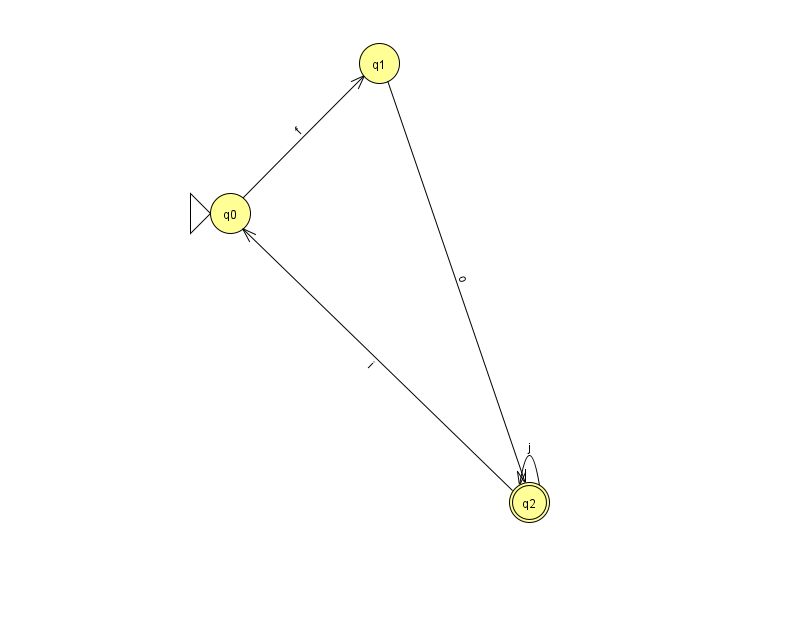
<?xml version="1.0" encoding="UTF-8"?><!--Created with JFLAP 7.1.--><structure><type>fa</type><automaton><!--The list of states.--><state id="0" name="q0"><x>230.0</x><y>200.0</y><initial/></state><state id="1" name="q1"><x>379.0</x><y>50.0</y></state><state id="2" name="q2"><x>529.0</x><y>489.0</y><final/></state><!--The list of transitions.--><transition><from>1</from><to>2</to><read>o</read></transition><transition><from>0</from><to>1</to><read>f</read></transition><transition><from>2</from><to>2</to><read>j</read></transition><transition><from>2</from><to>0</to><read>i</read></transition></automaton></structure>